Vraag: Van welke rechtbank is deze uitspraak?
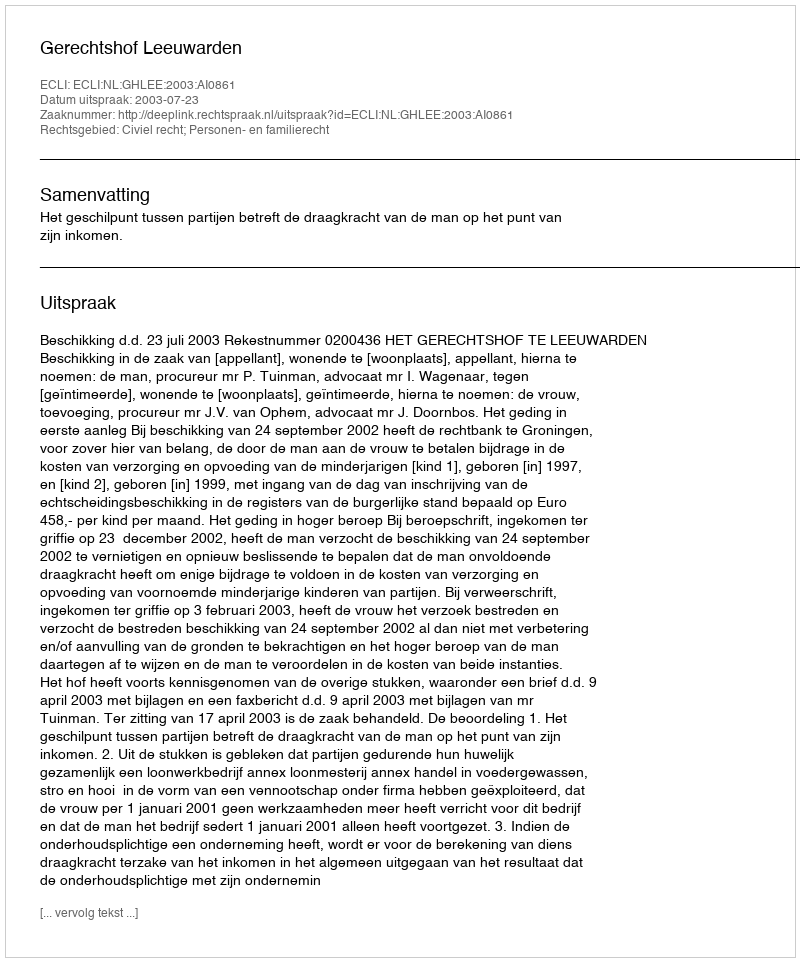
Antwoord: Gerechtshof Leeuwarden